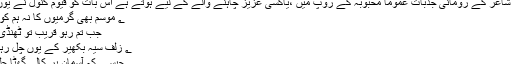
غزل میں شاعر کے رومانی جذبات عموماً محبوبہ کے روپ میں ،یاکسی عزیز چاہنے والے کے لیے ہوتے ہے اس بات کو قیوم کنولؔ نے یوں فرمایا :
؂ موسم بھی گرمیوں کا نہ ہم کو پتہ چلے
جب تم رہو قریب تو ٹھنڈی ہوا چلے
؂ زلفِ سیہ بکھیر کے یوں چل رہے ہیں وہ
جیسے کہ آسمان پر کالی گھٹا چلے (ص ۔